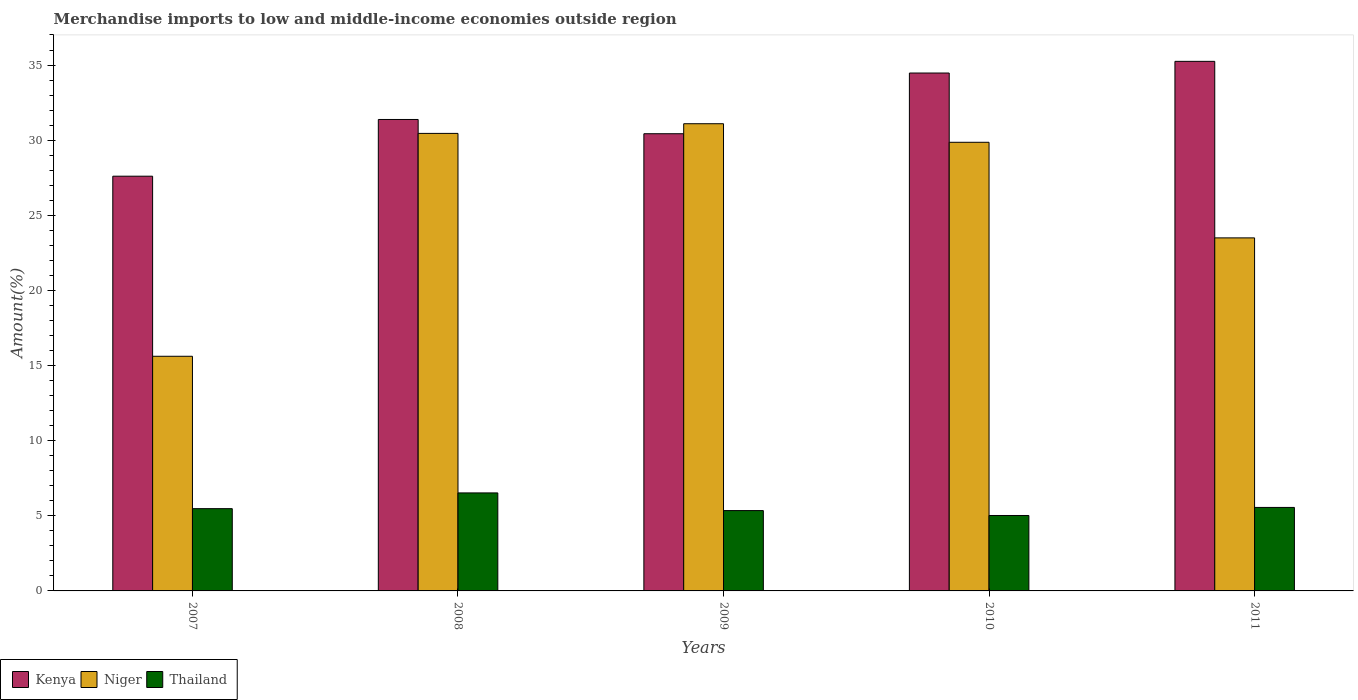
| Years | Kenya | Niger | Thailand |
 | --- | --- | --- | --- |
 | 2007 | 27.6 | 15.6 | 5.48 |
 | 2008 | 31.4 | 30.5 | 6.52 |
 | 2009 | 30.4 | 31.1 | 5.35 |
 | 2010 | 34.5 | 29.9 | 5.02 |
 | 2011 | 35.2 | 23.5 | 5.56 |